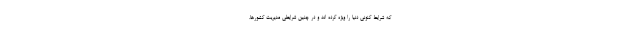
که شرایط کنونی دنیا را ویژه کرده اند و در چنین شرایطی مدیریت کشورها،